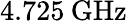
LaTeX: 4.725\: \mathrm{GHz}